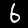
Digit: 6